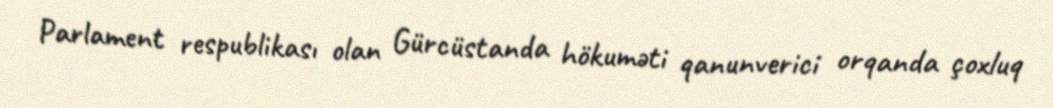
Parlament respublikası olan Gürcüstanda hökuməti qanunverici orqanda çoxluq